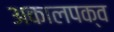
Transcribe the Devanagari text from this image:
अकालपक्व